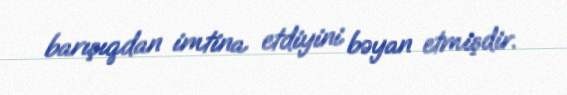
barışıqdan imtina etdiyini bəyan etmişdir.